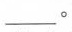
___。